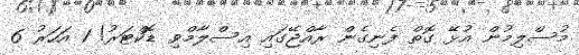
މުސްލިމުން އުޅޭ ގޮތް ފެނިގެން ރާއްޖޭގައި އިސްލާމްވި ޑޮކްޓަރު! 1 އަހަރު 6